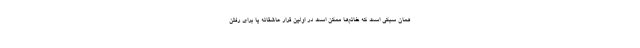
همان سبکی است که خانم‌ها ممکن است در اولین قرار عاشقانه یا برای رفتن